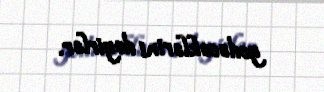
gedəcəklərini deyirlər.